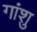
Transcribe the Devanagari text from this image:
गांशु